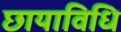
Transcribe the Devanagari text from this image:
छायाविधि